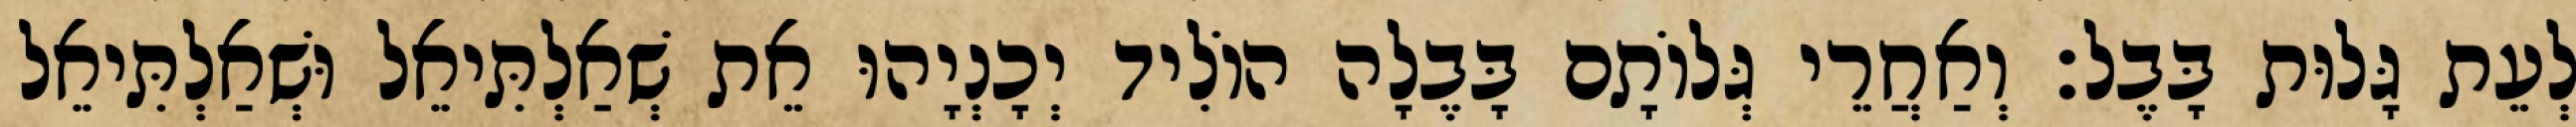
לְעֵת גָּלוּת בָּבֶל׃ וְאַחֲרֵי גְּלוֹתָם בָּבֶלָה הוֹלִיד יְכָנְיָהוּ אֵת שְׁאַלְתִּיאֵל וּשְׁאַלְתִּיאֵל